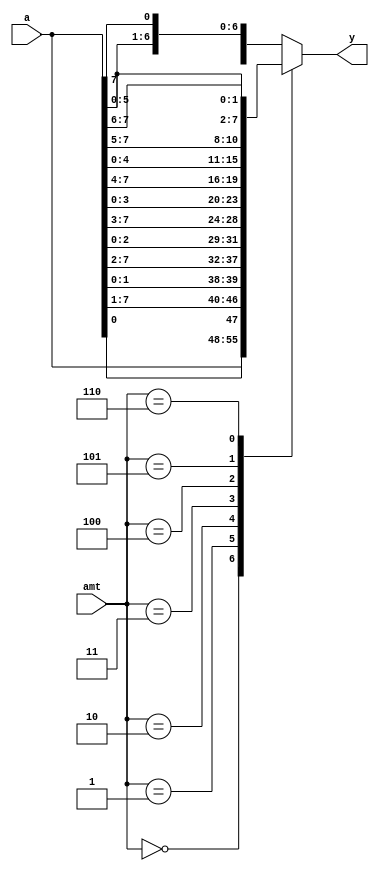
module barrel_shifter_case
(
input wire [7:0] a,
input wire [2:0] amt ,
output reg [7:0] y
);
// body
always @*
case (amt)
3'o0: y = a;
3'o1: y = {a[0], a[7:1]};
3'o2: y = {a[1:0], a[7:2]};
3'o3: y = {a[2:0], a[7:3]};
3'o4: y = {a[3:0], a[7:4]};
3'o5: y = {a[4:0], a[7:5]};
3'o6: y = {a[5:0], a[7:6]};
default: y = {a[6:0], a[7]};
endcase
endmodule